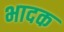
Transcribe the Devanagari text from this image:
भादक